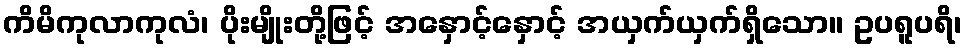
ကိမိကုလာကုလံ၊ ပိုးမျိုးတို့ဖြင့် အနှောင့်နှောင့် အယှက်ယှက်ရှိသော။ ဥပရူပရိ၊